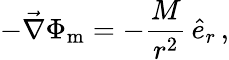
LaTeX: -\vec{\nabla}\Phi_{\mathrm{m}}=-\frac{M}{r^{2}}\, \hat{e}_{r}\, ,